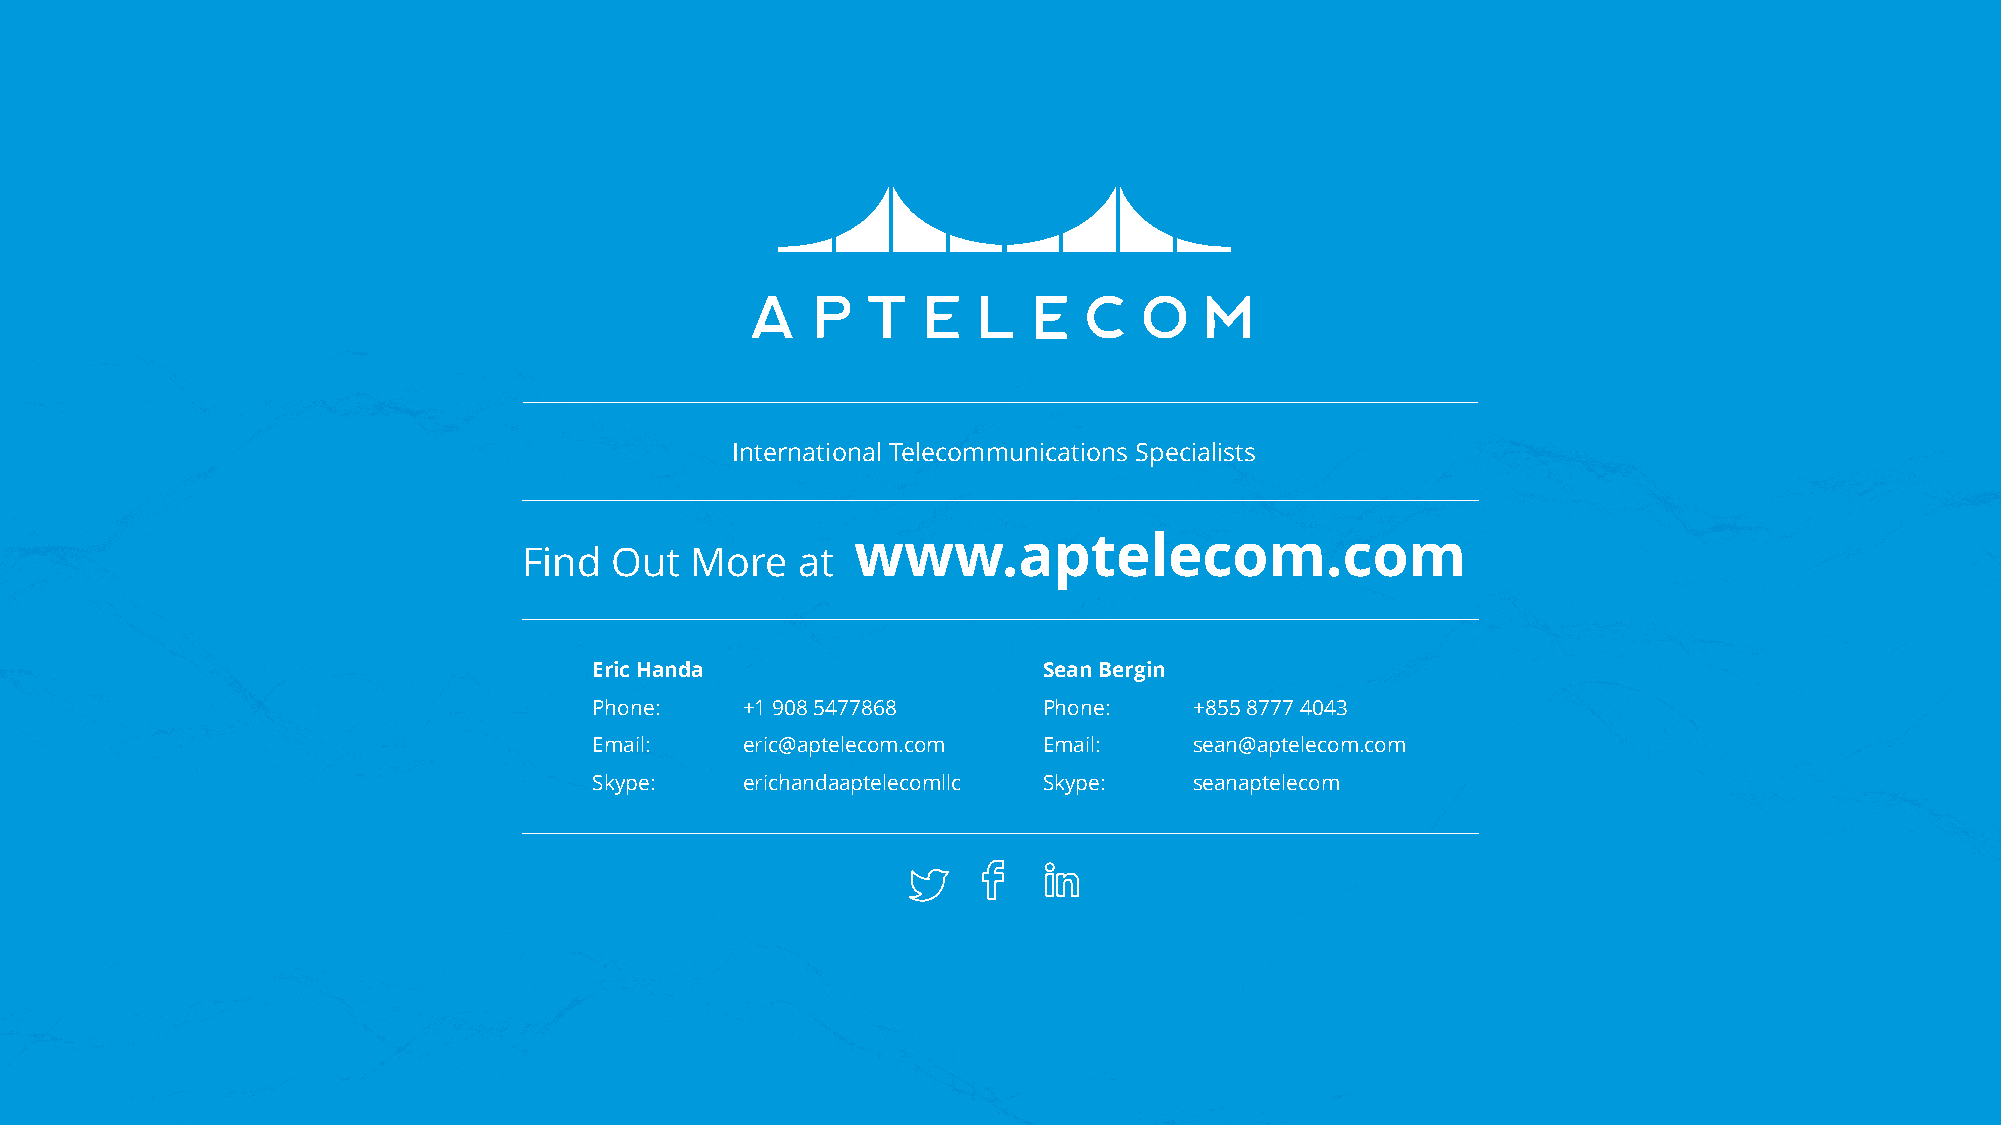
International Telecommunications Specialists
 www.aptelecom.com
 Find Out   More   at
 Eric Handa                    Sean Bergin
 Phone:    +1 908 5477868      Phone:    +855 8777 4043
 Email:    eric@aptelecom.com  Email:    sean@aptelecom.com
 Skype:    erichandaaptelecomllc Skype:  seanaptelecom